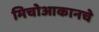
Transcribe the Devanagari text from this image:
मिचोआकानचे